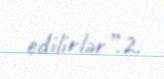
edilirlər”.2.